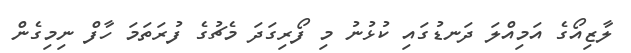
ލާޒިއޯގެ އަމިއްލަ ދަނޑުގައި ކުޅުނު މި ފޯރިގަދަ މެޗުގެ ފުރަތަމަ ހާފް ނިމިގެން